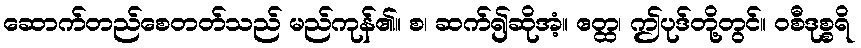
ဆောက်တည်စေတတ်သည် မည်ကုန်၏။ စ၊ ဆက်၍ဆိုအံ့။ ဧတ္ထ၊ ဤပုဒ်တို့တွင်။ ဝစီဒုစ္စရိ